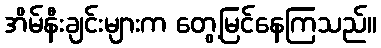
အိမ်နီးချင်းများက တွေ့မြင်နေကြသည်။